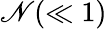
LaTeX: \mathscr{N}(\ll1)